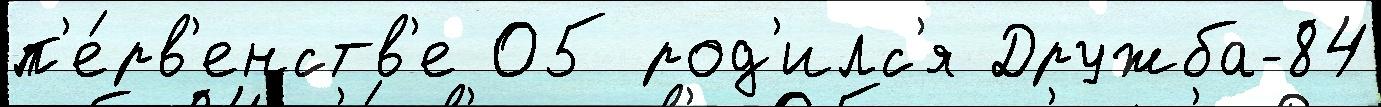
п'е́рв'енств'е 05 род'илс'я Дружба-84